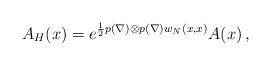
\begin{align*}A_H(x)=e^{\frac12p(\nabla)\otimes p(\nabla)w_N(x,x)}A(x)\,,\end{align*}